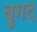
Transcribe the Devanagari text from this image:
चुगद